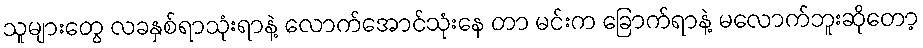
သူများတွေ လခနှစ်ရာသုံးရာနဲ့ လောက်အောင်သုံးနေ တာ မင်းက ခြောက်ရာနဲ့ မလောက်ဘူးဆိုတော့